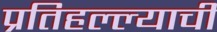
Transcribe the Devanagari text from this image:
प्रतिहल्ल्याची